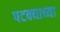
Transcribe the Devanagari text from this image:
पटक्याच्या